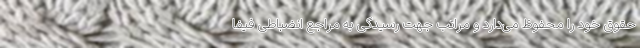
حقوق خود را محفوظ می‌دارد و مراتب جهت رسیدگی به مراجع انضباطی فیفا